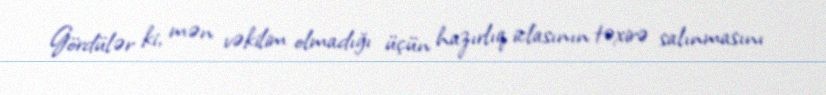
Gördülər ki, mən vəkilim olmadığı üçün hazırlıq iclasının təxirə salınmasını